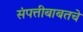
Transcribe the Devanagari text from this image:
संपत्तीबाबतचे